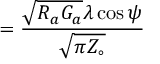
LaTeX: = \displaystyle { \frac { { \sqrt { R _ { a } G _ { a } } } \lambda \cos \psi } { \sqrt { \pi Z _ { \circ } } } }